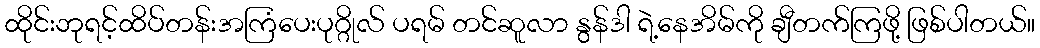
ထိုင်းဘုရင့်ထိပ်တန်းအကြံပေးပုဂ္ဂိုလ် ပရမ် တင်ဆူလာ နွန်ဒါ ရဲ့နေအိမ်ကို ချီတက်ကြဖို့ ဖြစ်ပါတယ်။